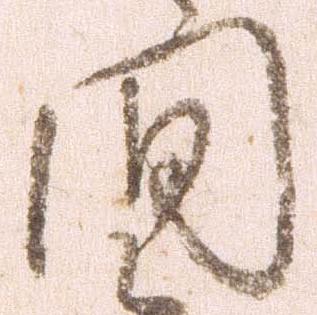
間